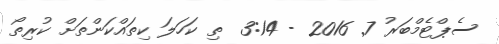
ސެޕްޓެމްބަރު 7